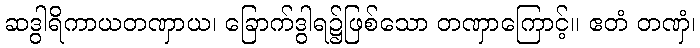
ဆဒွါရိကာယတဏှာယ၊ ခြောက်ဒွါရ၌ဖြစ်သော တဏှာကြောင့်။ ဧတံ တဏှံ၊